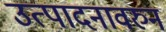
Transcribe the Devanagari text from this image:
उत्पादनावरुन